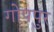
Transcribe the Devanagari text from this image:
गोपपुर